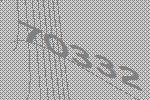
70332